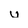
Character: u